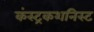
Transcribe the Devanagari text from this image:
कंस्ट्रकशनिस्ट